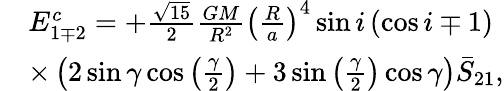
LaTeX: \begin{array}{rl}&{E_{1\mp 2}^{c}=+\frac{\sqrt{15}}{2}\frac{GM}{R^{2}}\left(\frac{R}{a}\right)^{4}\sin i\left(\cos i\mp 1\right)}\\ &{\times\left(2\sin\gamma\cos\left(\frac{\gamma}{2}\right)+3\sin\left(\frac{\gamma}{2}\right)\cos\gamma\right)\bar{S}_{21},}\end{array}